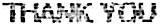
THANK YOU